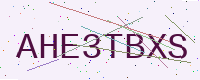
Text: AHE3TBXS